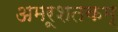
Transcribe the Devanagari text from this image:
अमरूशतकम्